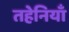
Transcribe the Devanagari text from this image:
तहेनियाँ